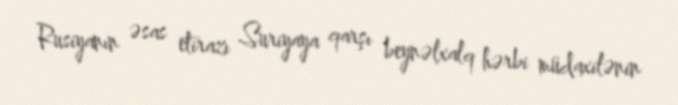
Rusiyanın əsas etirazı Suriyaya qarşı beynəlxalq hərbi müdaxilənin